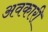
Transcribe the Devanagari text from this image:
अवकारी